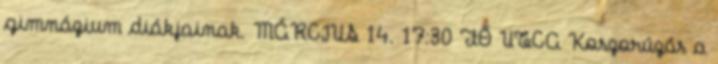
gimnázium diákjainak. MÁRCIUS 14. 17:30 FŐ UTCA Koszorúzás a